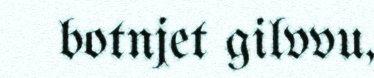
botnjet gilvvu,